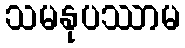
သမနုပဿာမ